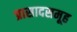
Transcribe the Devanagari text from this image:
प्रासादसमूह